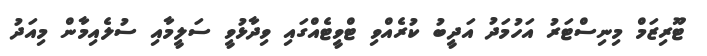
ޓޫރިޒަމް މިނިސްޓަރު އަހުމަދު އަދީބު ކުރެއްވި ޓްވީޓެއްގައި ވިދާޅުވީ ސަލީމާއި ސުލެއިމާން މިއަދު